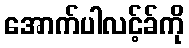
အောက်ပါလင့်ခ်ကို